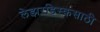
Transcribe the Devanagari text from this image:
लेझरडिस्कसाठी